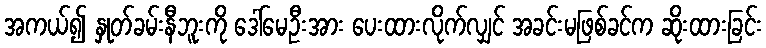
အကယ်၍ နှုတ်ခမ်းနီဘူးကို ဒေါ်မေဦးအား ပေးထားလိုက်လျှင် အခင်းမဖြစ်ခင်က ဆိုးထားခြင်း